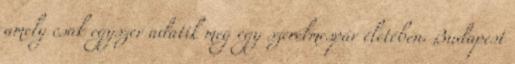
amely csak egyszer adatik meg egy szerelmespár életében. Budapest